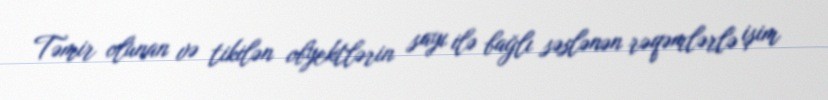
Təmir olunan və tikilən obyektlərin sayı ilə bağlı səslənən rəqəmlərlə işim